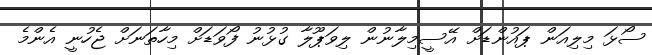
ސޯޅަ މިލިއަން ޕައުންޑަށް އޭސީމިލާނުން ލިވަޕޫލާ ގުޅުނު ފޯވަޑަށް މިހާތަނަށް ޖެހުނީ އެންމެ